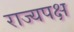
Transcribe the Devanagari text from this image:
राज्यपक्ष